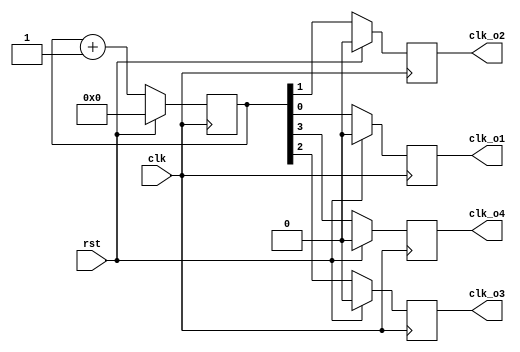
/*
    Author : Rakotojaona
    email : Andrianoelisoa.Rakotojaona@gmail.com
    Description: Clock divider
*/

`timescale 1ns / 1ps
module ClockDivider(
                    clk, // clock
                    rst, // reset high
                    clk_o1, 
                    clk_o2, 
                    clk_o3,
                    clk_o4
    );
    input clk;
    input rst;
    output reg clk_o1;
    output reg clk_o2;
    output reg clk_o3;
    output reg clk_o4;
    
    reg [3:0] clk_counter ; // counter increament posedge clk
        
    always@ (posedge clk)
    begin
    clk_counter <= clk_counter +1;
        if (rst)
        begin
            clk_o1 <=0;
            clk_o2 <=0;
            clk_o3 <=0;
            clk_o4 <=0;
            clk_counter <=0;
        end
        else
        begin
            clk_o1 <= clk_counter[0];
            clk_o2 <= clk_counter[1];
            clk_o3 <= clk_counter[2];
            clk_o4 <= clk_counter[3];    
        end 
    end
endmodule

/*
//Test bench

module tb(

    );
    reg clk;
    reg rst;
    wire  clk_o1;
    wire  clk_o2;
    wire  clk_o3;
    wire  clk_o4;
ClockDivider uut(
                    clk,
                    rst,
                    clk_o1,
                    clk_o2,
                    clk_o3,
                    clk_o4
    );
initial
begin
    clk =0;
    rst =1;
    #10
    rst =0;
end 
always
begin
    #5 clk = ! clk ;
end 
endmodule
*/